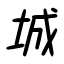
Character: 城